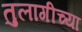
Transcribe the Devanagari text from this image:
तुलागीच्या